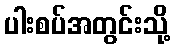
ပါးစပ်အတွင်းသို့